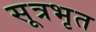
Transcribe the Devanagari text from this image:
सूत्रभृत